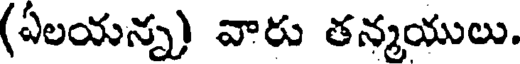
(ఏలయన్న) వారు తన్మయులు.